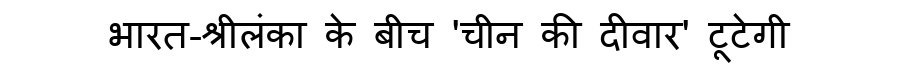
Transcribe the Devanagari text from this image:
भारत-श्रीलंका के बीच 'चीन की दीवार' टूटेगी